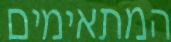
המתאימים